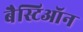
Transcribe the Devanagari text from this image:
बैस्टिऑन